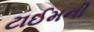
ટાઈમની